Development of the parasite of Indian kala azar - Number 53
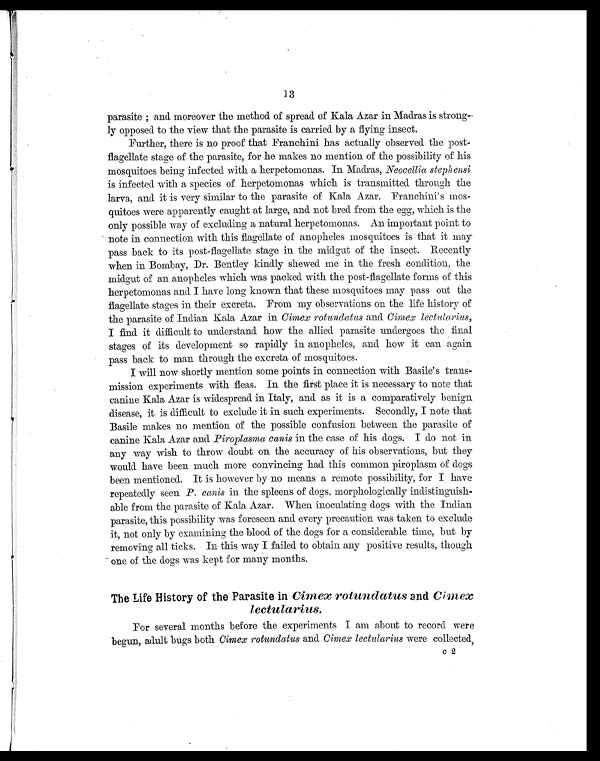
13
parasite ; and moreover the method of spread of Kala Azar in Madras is strong-
ly opposed to the view that the parasite is carried by a flying insect.
Further, there is no proof that Franchini has actually observed the post-
flagellate stage of the parasite, for he makes no mention of the possibility of his
mosquitoes being infected with a herpetomonas. In Madras, Neocellia stephensi
is infected with a species of herpetomonas which is transmitted through the
larva, and it is very similar to the parasite of Kala Azar. Franchini's mos-
quitoes were apparently caught at large, and not bred from the egg, which is the
only possible way of excluding a natural herpetomonas. An important point to
note in connection with this flagellate of anopheles mosquitoes is that it may
pass back to its post-flagellate stage in the midgut of the insect. Recently
when in Bombay, Dr. Bentley kindly showed me in the fresh condition, the
midgut of an anopheles which was packed with the post-flagellate forms of this
herpetomonas and I have long known that these mosquitoes may pass out the
flagellate stages in their excreta. From my observations on the life history of
the parasite of Indian Kala Azar in Cimex rotundatus and Cimex lectularius,
I find it difficult to understand how the allied parasite undergoes the final
stages of its development so rapidly in. anopheles, and how it can again
pass back to man through the excreta of mosquitoes.
I will now shortly mention some points in connection with Basile's trans-
mission experiments with fleas. In the first place it is necessary to note that
canine Kala Azar is widespread in Italy, and as it is a comparatively benign
disease, it is difficult to exclude it in such experiments. Secondly, I note that
Basile makes no mention of the possible confusion between the parasite of
canine Kala Azar and Piroplasma canis in the case of his dogs. I do not in
any way wish to throw doubt on the accuracy of his observations, but they
would have been much more convincing had this common piroplasm of dogs
been mentioned. It is however by no means a remote possibility, for I have
repeatedly seen P. canis in the spleens of dogs, morphologically indistinguish-
able from the parasite of Kala Azar. When inoculating dogs with the Indian
parasite, this possibility was foreseen and every precaution was taken to exclude
it, not only by examining the blood of the dogs for a considerable time, but by
removing all ticks. In this way I failed to obtain any positive results, though
one of the dogs was kept for many months.
The Life History of the Parasite in Cimex rotunclatus and Cimex
lectularius.
For several months before the experiments I am about to record were
begun, adult bugs both Cimex rotundatus and Cimex lectularius were collected,